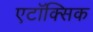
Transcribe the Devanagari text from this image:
एटॉक्सिक